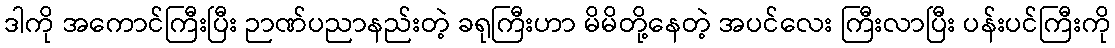
ဒါကို အကောင်ကြီးပြီး ဉာဏ်ပညာနည်းတဲ့ ခရုကြီးဟာ မိမိတို့နေတဲ့ အပင်လေး ကြီးလာပြီး ပန်းပင်ကြီးကို